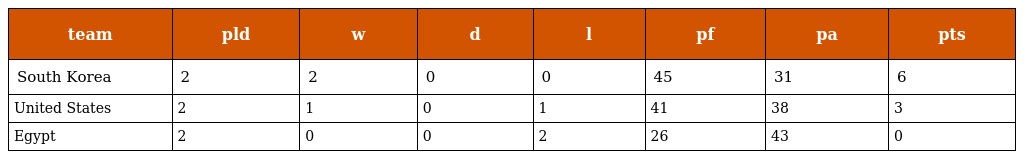
| team | pld | w | d | l | pf | pa | pts |
 | --- | --- | --- | --- | --- | --- | --- | --- |
 | South Korea | 2 | 2 | 0 | 0 | 45 | 31 | 6 |
 | United States | 2 | 1 | 0 | 1 | 41 | 38 | 3 |
 | Egypt | 2 | 0 | 0 | 2 | 26 | 43 | 0 |